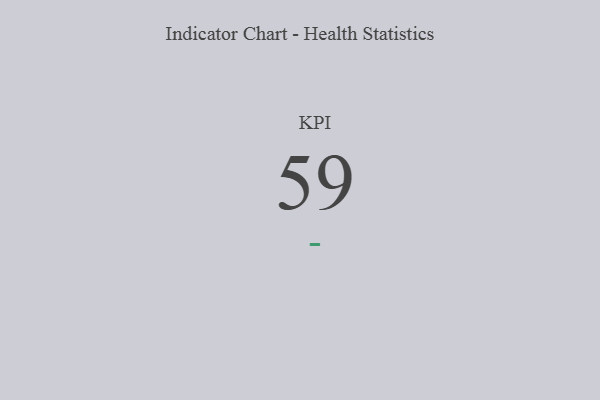
{"axis": {"x": "KPI", "y": "Value"}, "legend": [""], "data": [{"x": "KPI", "y": 59, "type": ""}]}